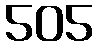
505